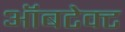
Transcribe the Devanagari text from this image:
ऑबटेक्ट